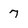
Character: 7